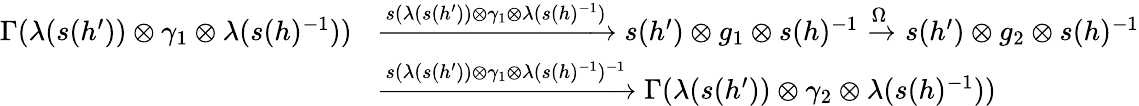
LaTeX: \begin{array}{rl}{\Gamma(\lambda(s(h^{\prime}))\otimes\gamma_{1}\otimes\lambda(s(h)^{-1}))}&{\xrightarrow{s(\lambda(s(h^{\prime}))\otimes\gamma_{1}\otimes\lambda(s(h)^{-1})}s(h^{\prime})\otimes g_{1}\otimes s(h)^{-1}\xrightarrow{\Omega}s(h^{\prime})\otimes g_{2}\otimes s(h)^{-1}}\\ &{\xrightarrow{s(\lambda(s(h^{\prime}))\otimes\gamma_{1}\otimes\lambda(s(h)^{-1})^{-1}}\Gamma(\lambda(s(h^{\prime}))\otimes\gamma_{2}\otimes\lambda(s(h)^{-1}))}\end{array}